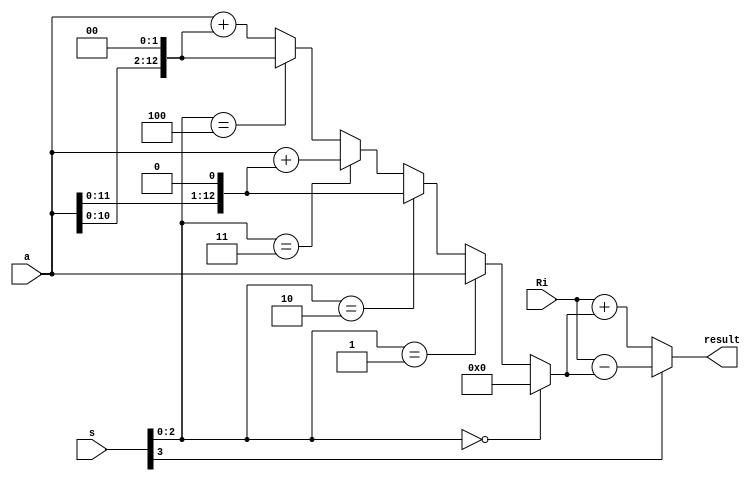
`timescale 1ns / 1ps

//////////////////////////////////////////////////////////////////////////////////

// High-speed instruction set coprocessor architecture for lattice-based cryptography. 
// Saber is implemented as a case study.
// The designers are Sujoy Sinha Roy and Andrea Basso. 

// Implementation by the designers, hereby denoted as "the implementer".

// To the extent possible under law, the implementer has waived all copyright
// and related or neighboring rights to the source code in this file.
// http://creativecommons.org/publicdomain/zero/1.0/

// The codes are for academic research use only and does not come with any support or any responsibility.

//////////////////////////////////////////////////////////////////////////////////

module small_alu1(Ri, s, a, result);
input [12:0] Ri, a;
input [3:0] s;
output [12:0] result;

//wire [12:0] result = s[4] ? Ri - s[3:0] * a : Ri + s[3:0] * a;

//wire [15:0] mul_out;
//
//multiplier M1(a, s[3:0], mul_out);


// ax2 = {a[11:0], 1'b0};
wire [12:0] ax3 = a + {a[11:0], 1'b0};
// ax4 = a[10:0], 00
wire [12:0] ax5 = a + {a[10:0], 2'b0};
//wire [12:0] ax6 = {a[11:0], 1'b0} + {a[10:0], 2'b0}; // a*2 + a*4
//wire [12:0] ax7 = a + {a[11:0], 1'b0} + {a[10:0], 2'b0}; //a + a*2 + a*4. Is it better to do a*8 - a?
//// ax8 = a[9:0], 00
//wire [12:0] ax9 = a + {a[9:0], 3'b0}; // a + a*8
//wire [12:0] ax10 = {a[11:0], 1'b0} + {a[9:0], 3'b0}; // a*2 + a*8
//wire [12:0] ax11 = a + {a[11:0], 1'b0} + {a[9:0], 3'b0}; // a + a*2 + a*8
//wire [12:0] ax12 = {a[10:0], 2'b0} + {a[9:0], 3'b0}; // a*4 + a*8
//wire [12:0] ax13 = a + {a[10:0], 2'b0} + {a[9:0], 3'b0}; // a + a*4 + a*8
//wire [12:0] ax14 = {a[11:0], 1'b0} + {a[10:0], 2'b0} + {a[9:0], 3'b0}; // a*2 + a*4 + a*8
//wire [12:0] ax15 = a + {a[11:0], 1'b0} + {a[10:0], 2'b0} + {a[9:0], 3'b0}; // a + a*2 + a*4 + a*8


wire [12:0] a_mul_s = s[2:0] == 3'd0 ? 13'd0
					: s[2:0] == 3'd1 ? a
					: s[2:0] == 3'd2 ? {a[11:0],1'b0}
					: s[2:0] == 3'd3 ? ax3
					: s[2:0] == 3'd4 ? {a[10:0], 2'b0}
					: ax5;
//					: s[3:0] == 4'd5 ? ax5
//					: s[3:0] == 4'd6 ? ax6
//					: s[3:0] == 4'd7 ? ax7
//					: s[3:0] == 4'd8 ? {a[9:0], 3'b0}
//					: s[3:0] == 4'd9 ? ax9
//					: s[3:0] == 4'd10 ? ax10
//					: s[3:0] == 4'd11 ? ax11
//					: s[3:0] == 4'd12 ? ax12
//					: s[3:0] == 4'd13 ? ax13
//					: s[3:0] == 4'd14 ? ax14
//					: ax15;
					
					
wire [12:0] result = s[3] ? Ri - a_mul_s : Ri + a_mul_s;


//wire [12:0] result = s[4] ? Ri - mul_out[12:0] : Ri + mul_out[12:0];

//wire [12:0] result = (s_sign) ? (Ri - a_mul_s) : (Ri + a_mul_s);

endmodule